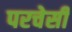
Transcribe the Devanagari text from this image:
परचेसी